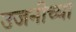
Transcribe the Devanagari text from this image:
उजनीच्या